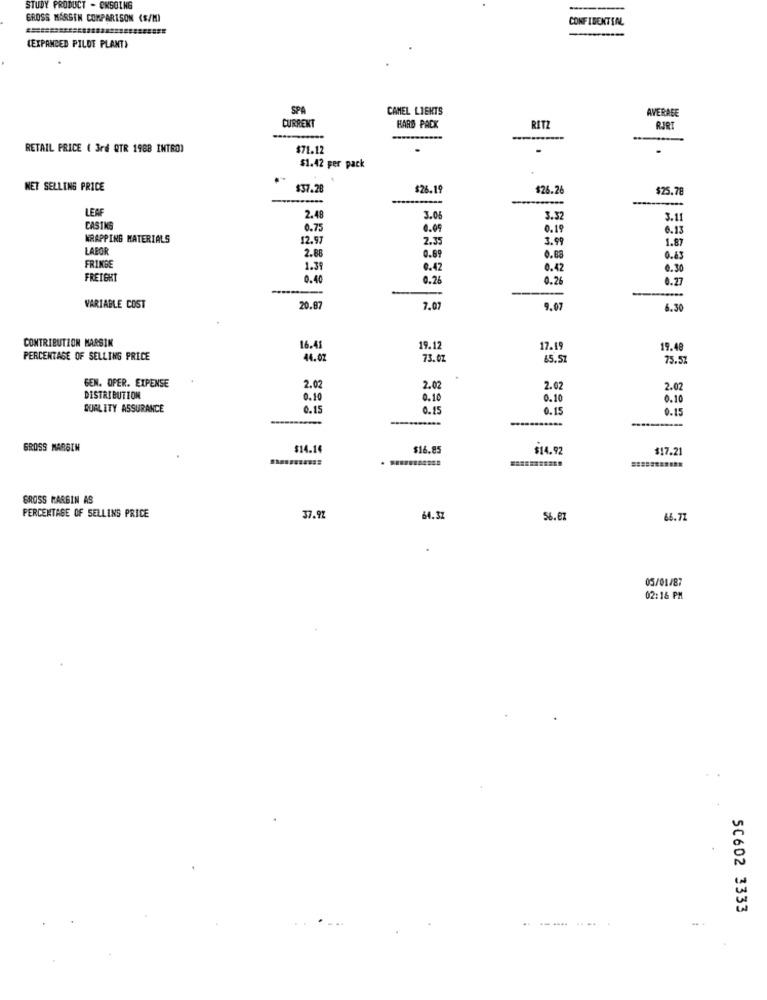
STUDY PRODUCT - CKSOTNG
GROSS MARGIN COMPARISON (S/M)
CONFIDENTIAL
(EXPANDED PILOT PLANT)
SPA
CAMEL LIGHTS
AVERAGE
CURRENT
HARD PACK
RITZ
RJRT
RETAIL PRICE ( 3rd QTR 1988 INTRO)
$71.12
$1.42 per pack
NET SELLING PRICE
$37.28
$26.19
$26.26
$25.78
LEAF
2.48
3.06
3.32
3.1
CASTKS
0.75
0.09
0.19
6.13
WRAPPING MATERIALS
12.9
2.35
3.99
1.87
LABOR
0.89
2.88
0.68
0.63
FRINGE
1.39
0.42
0.42
0.30
FREIGHT
0.40
0.26
0.26
0.27
VARIABLE COST
20.87
7.07
9.07
6.30
CONTRIBUTION MARSIK
16.41
19.12
17.1
19.48
PERCENTAGE OF SELLING PRICE
44.02
73.07
65.57
75.57
GEN. OPER. EXPENSE
2.02
2.02
2.02
2.02
DISTRIBUTION
0.10
0.10
0.10
0.10
QUALITY ASSURANCE
0.15
0.15
0.15
0.15
GROSS MARGIN
$14.10
$16.85
$14.92
$17.21
GROSS MARGIN AS
PERCENTAGE OF SELLING PRICE
37.97
64.37
56.ez
66.77
05/01/87
02:16 PM
50602 3333
.. ..... .. ....